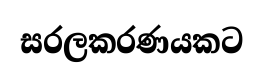
සරලකරණයකට